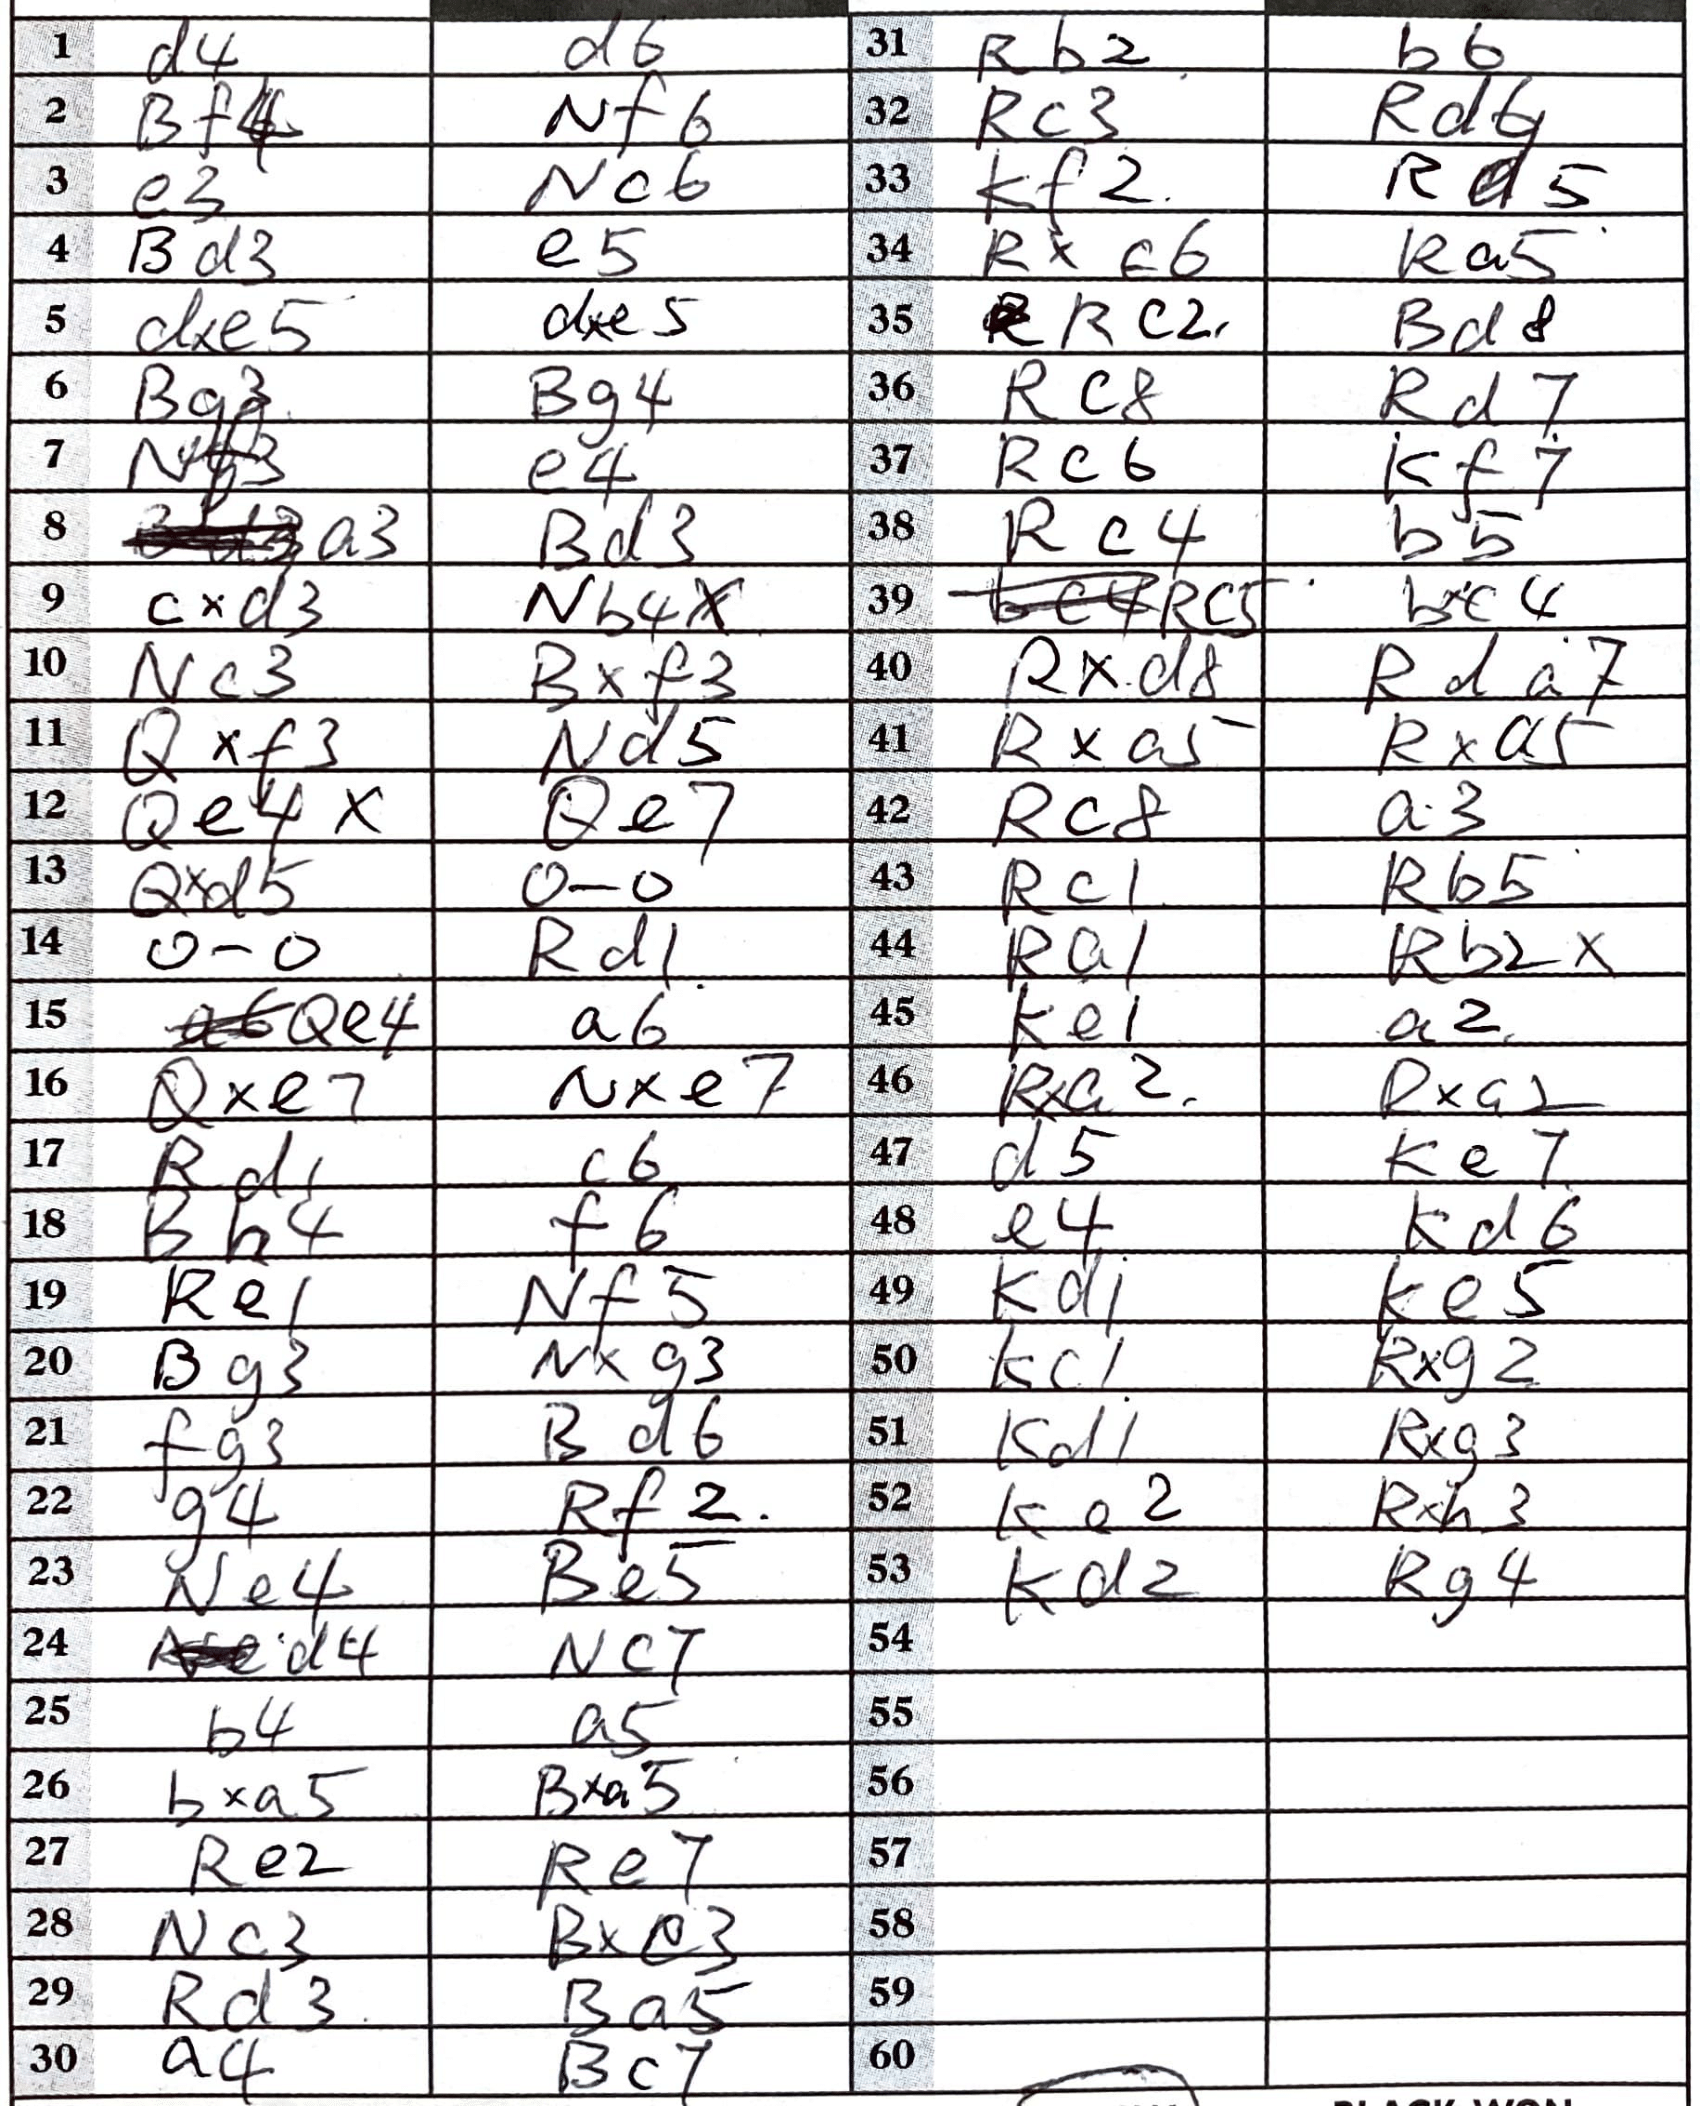
Moves: d4 d6 Bf4 Nf6 e3 Nc6 Bd3 e5 dxe5 dxe5 Bg3 Bg4 Nf3 e4 a3 Bd3 cxd3 Nb4x Nc3 Bxf3 Qxf3 Nd5 Qe4x Qe7 Qxd5 O-O O-O Rd1 Qe4 a6 Qxe7 Nxe7 Rd1 c6 Bh4 f6 Re1 Nf5 Bg3 Nxg3 fg3 Bd6 g4 Rf2 Ne4 Be5 d4 Nc7 b4 a5 bxa5 Bxa5 Re2 Re7 Nc3 Bxe3 Rd3 Ba5 a4 Bc7 Rb2 b6 Rc3 Rd6 Kf2 Rd5 Rxf6 Ra5 Rc2 Bd8 Rc8 Rd7 Rc6 Kf7 Rc4 b5 Rc5 bxc4 Rxd8 Rda7 Rxa5 Rxa5 Rc8 a3 Rc1 Rb5 Ra1 Rb2x Ke1 a2 Rxa2 Rxa2 d5 Ke7 e4 Kd6 Kd1 Ke5 Kc1 Rxg2 Kd1 Rxg3 Ke2 Rxh3 Kd2 Rg4